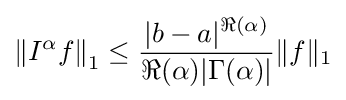
\left\|I^{\alpha }f\right\|_{1}\leq {\frac {|b-a|^{\Re (\alpha )}}{\Re (\alpha )|\Gamma (\alpha )|}}\|f\|_{1}